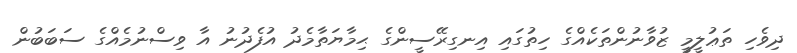
ދިވެހި ތަޢުލީމީ ޒުވާނުންތަކެއްގެ ހިތުގައި އިނގިރޭސީންގެ ޙިމާޔަތާމެދު އުފެދުނު އާ ވިސްނުމެއްގެ ސަބަބުން